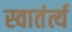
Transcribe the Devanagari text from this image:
स्वातंर्त्य